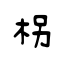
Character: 柺